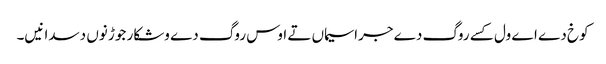
کوخ دے اے ول کسے روگ دے جراسیماں تے اوس روگ دے وشکار جوڑ نوں دسدا نیں۔